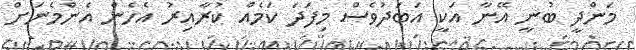
މަންދީ ބުނީ އޭނާ އަކީ އަބަދުވެސް މިފަދަ ކަމެއް ކުރާއިރު އެހެން އެންމެނަށް